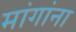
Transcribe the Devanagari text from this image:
मांगांना